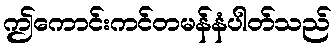
ဤကောင်းကင်တမန်နံပါတ်သည်